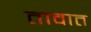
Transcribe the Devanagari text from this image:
तावात